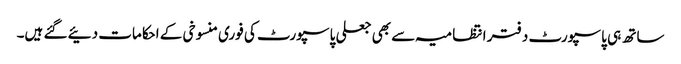
ساتھ ہی پاسپورٹ دفتر انتظامیہ سے بھی جعلی پاسپورٹ کی فوری منسوخی کے احکامات دئیے گئے ہیں۔